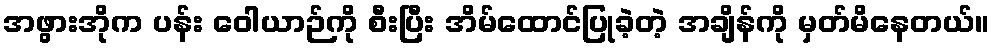
အဖွားအိုက ပန်း ဝေါယာဉ်ကို စီးပြီး အိမ်ထောင်ပြုခဲ့တဲ့ အချိန်ကို မှတ်မိနေတယ်။